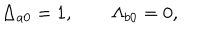
\Delta _ { a 0 } = 1 , \qquad \Lambda _ { b 0 } = 0 ,